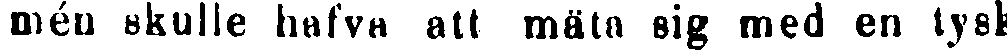
mén skulle hafva att mäta sig med en tysk